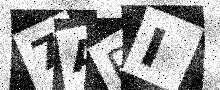
Text: 7API